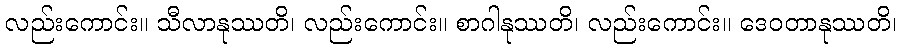
လည်းကောင်း။ သီလာနုဿတိ၊ လည်းကောင်း။ စာဂါနုဿတိ၊ လည်းကောင်း။ ဒေဝတာနုဿတိ၊